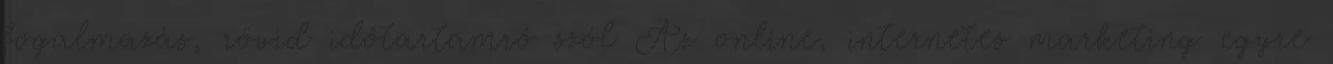
fogalmazás, rövid időtartamró szól Az online, internetes marketing egyre